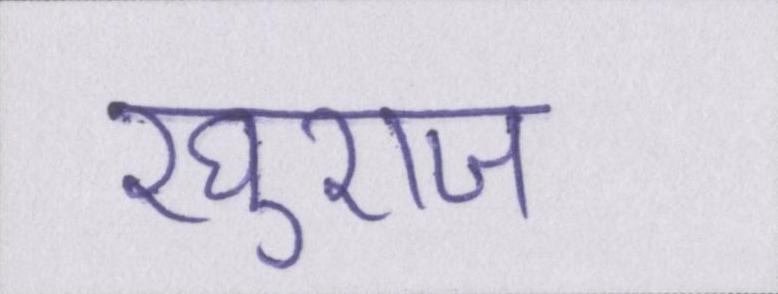
रघुराज